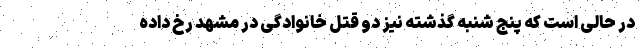
در حالی است که پنج شنبه گذشته نیز دو قتل خانوادگی در مشهد رخ داده